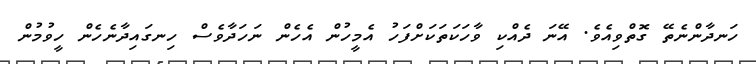
ހަނދާންނެތޭ ގޮތްވިއެވެ. އޭނަ ދެއްކި ވާހަކަތަކަށްފަހު އެމީހުން އެހެން ނަހަދާވެސް ހިނގައިދާނެހެން ހީވުމުން